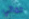
حماتي